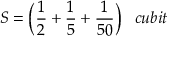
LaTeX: S = { \bigg ( } { \frac { 1 } { 2 } } + { \frac { 1 } { 5 } } + { \frac { 1 } { 5 0 } } { \bigg ) } \; \; \; c u b i t